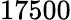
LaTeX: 17500